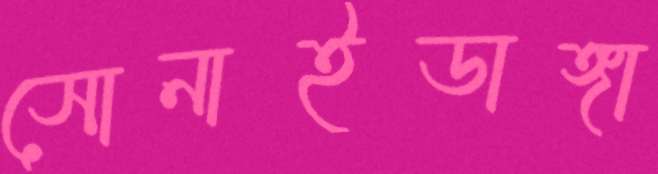
সোনাইডাঙ্গা